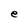
Character: e